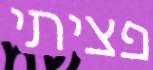
פציתי